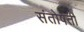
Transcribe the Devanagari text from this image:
संतोषती